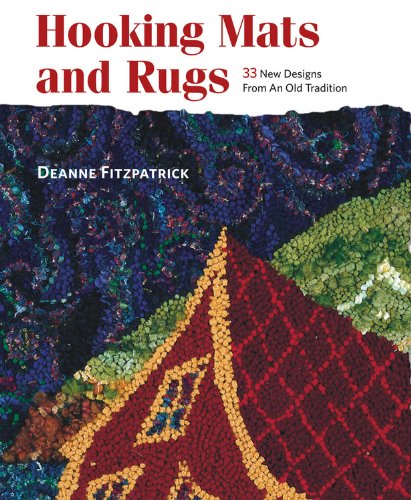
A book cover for Hooking Mats and Rugs: 33 New Designs From An Old Tradition; Deanne Fitzpatrick; Crafts, Hobbies & Home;